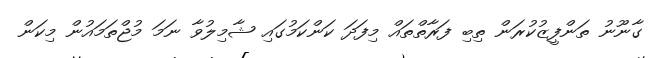
ގާނޫނު ތަންފީޒުކުރަން ތިބި ފަރާތްތައް މިފަދަ ކަންކަމުގައި ޝާމިލުވާ ނަމަ މުޖްތަމައުން މިކަން